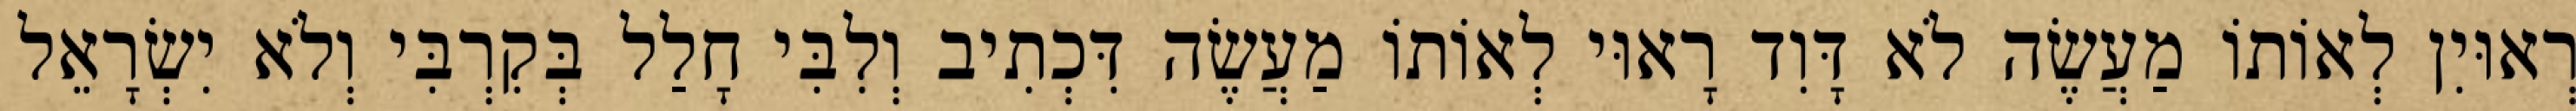
רְאוּיִן לְאוֹתוֹ מַעֲשֶׂה לֹא דָּוִד רָאוּי לְאוֹתוֹ מַעֲשֶׂה דִּכְתִיב וְלִבִּי חָלַל בְּקִרְבִּי וְלֹא יִשְׂרָאֵל